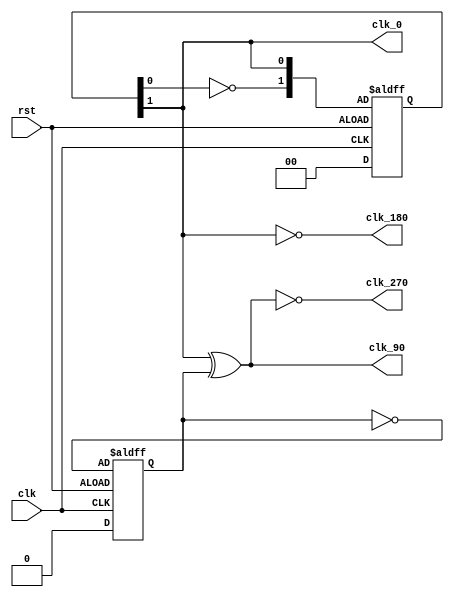
`timescale 1ns / 1ps
//////////////////////////////////////////////////////////////////////////////////
// Company: 
// Engineer: 
// 
// Design Name: 
// Module Name: clock_phasing
// Project Name: 
// Target Devices: 
// Tool Versions: 
// Description: 
// 
// Dependencies: 
// 
// Revision:
// Revision 0.01 - File Created
// Additional Comments:
// 
//////////////////////////////////////////////////////////////////////////////////


module clock_phasing(clk_0,clk_90,clk_180,clk_270,clk,rst);
input clk,rst;
output clk_0,clk_90,clk_180,clk_270;
reg [1:0]x;
reg divide_2;
always @(posedge clk or negedge rst)
if(rst) begin
    x<=0; divide_2<=0;
    end
else begin
    x<={~x[0],x[1]}; divide_2=~divide_2;
    end
    
assign clk_0 = x[1];
assign clk_90 = x[1] ^ divide_2;
assign clk_180 = ~x[1];
assign clk_270 = ~clk_90;
endmodule